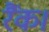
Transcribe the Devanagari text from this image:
रैंक।